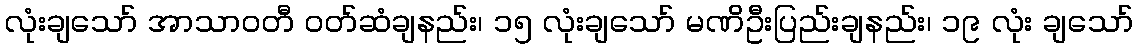
လုံးချသော် အာသာဝတီ ဝတ်ဆံချနည်း၊ ၁၅ လုံးချသော် မဏိဦးပြည်းချနည်း၊ ၁၉ လုံး ချသော်